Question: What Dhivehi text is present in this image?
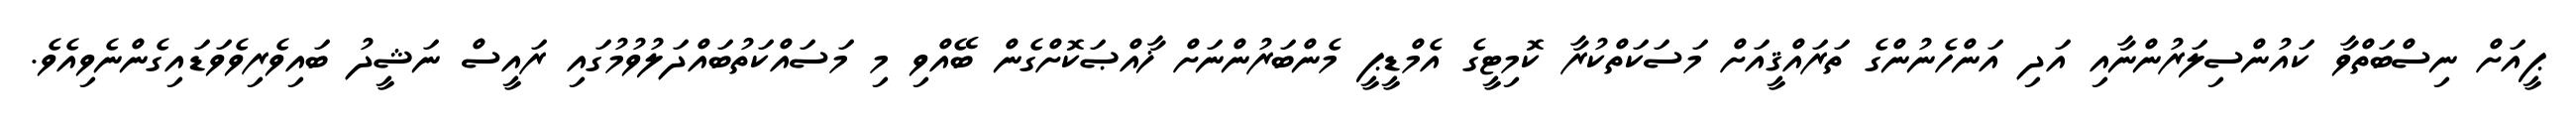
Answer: ޕީއަށް ނިސްބަތްވާ ކައުންސިލަރުންނާއި އަދި އަންހެނުންގެ ތަރައްޤީއަށް މަސަކަތްކުރާ ކޮމިޓީގެ އެމްޑީޕީ މެންބަރުންނަށް ޚާއްޞަކޮށްގެން ބޭއްވި މި މަސައްކަތުބައްދަލުވުމުގައި ރައީސް ނަޝީދު ބައިވެރިވެވަޑައިގެންނެވިއެވެ.